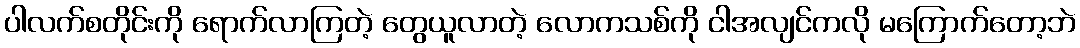
ပါလက်စတိုင်းကို ရောက်လာကြတဲ့ တွေယူလာတဲ့ လောကသစ်ကို ငါအလျင်ကလို မကြောက်တော့ဘဲ